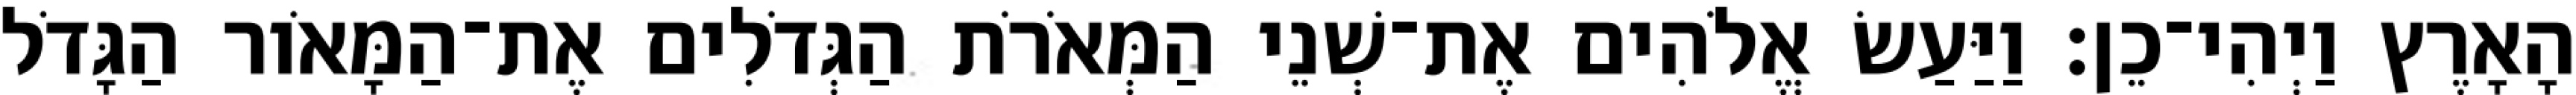
הָאָרֶץ וַיְהִי־כֵן׃ וַיַּעַשׂ אֱלֹהִים אֶת־שְׁנֵי הַמְּאֹרֹת הַגְּדֹלִים אֶת־הַמָּאֹור הַגָּדֹל